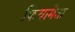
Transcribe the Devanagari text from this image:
फियामेता